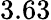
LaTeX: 3.63